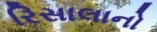
રિસાલાનો